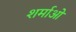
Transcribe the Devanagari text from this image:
शर्माओ